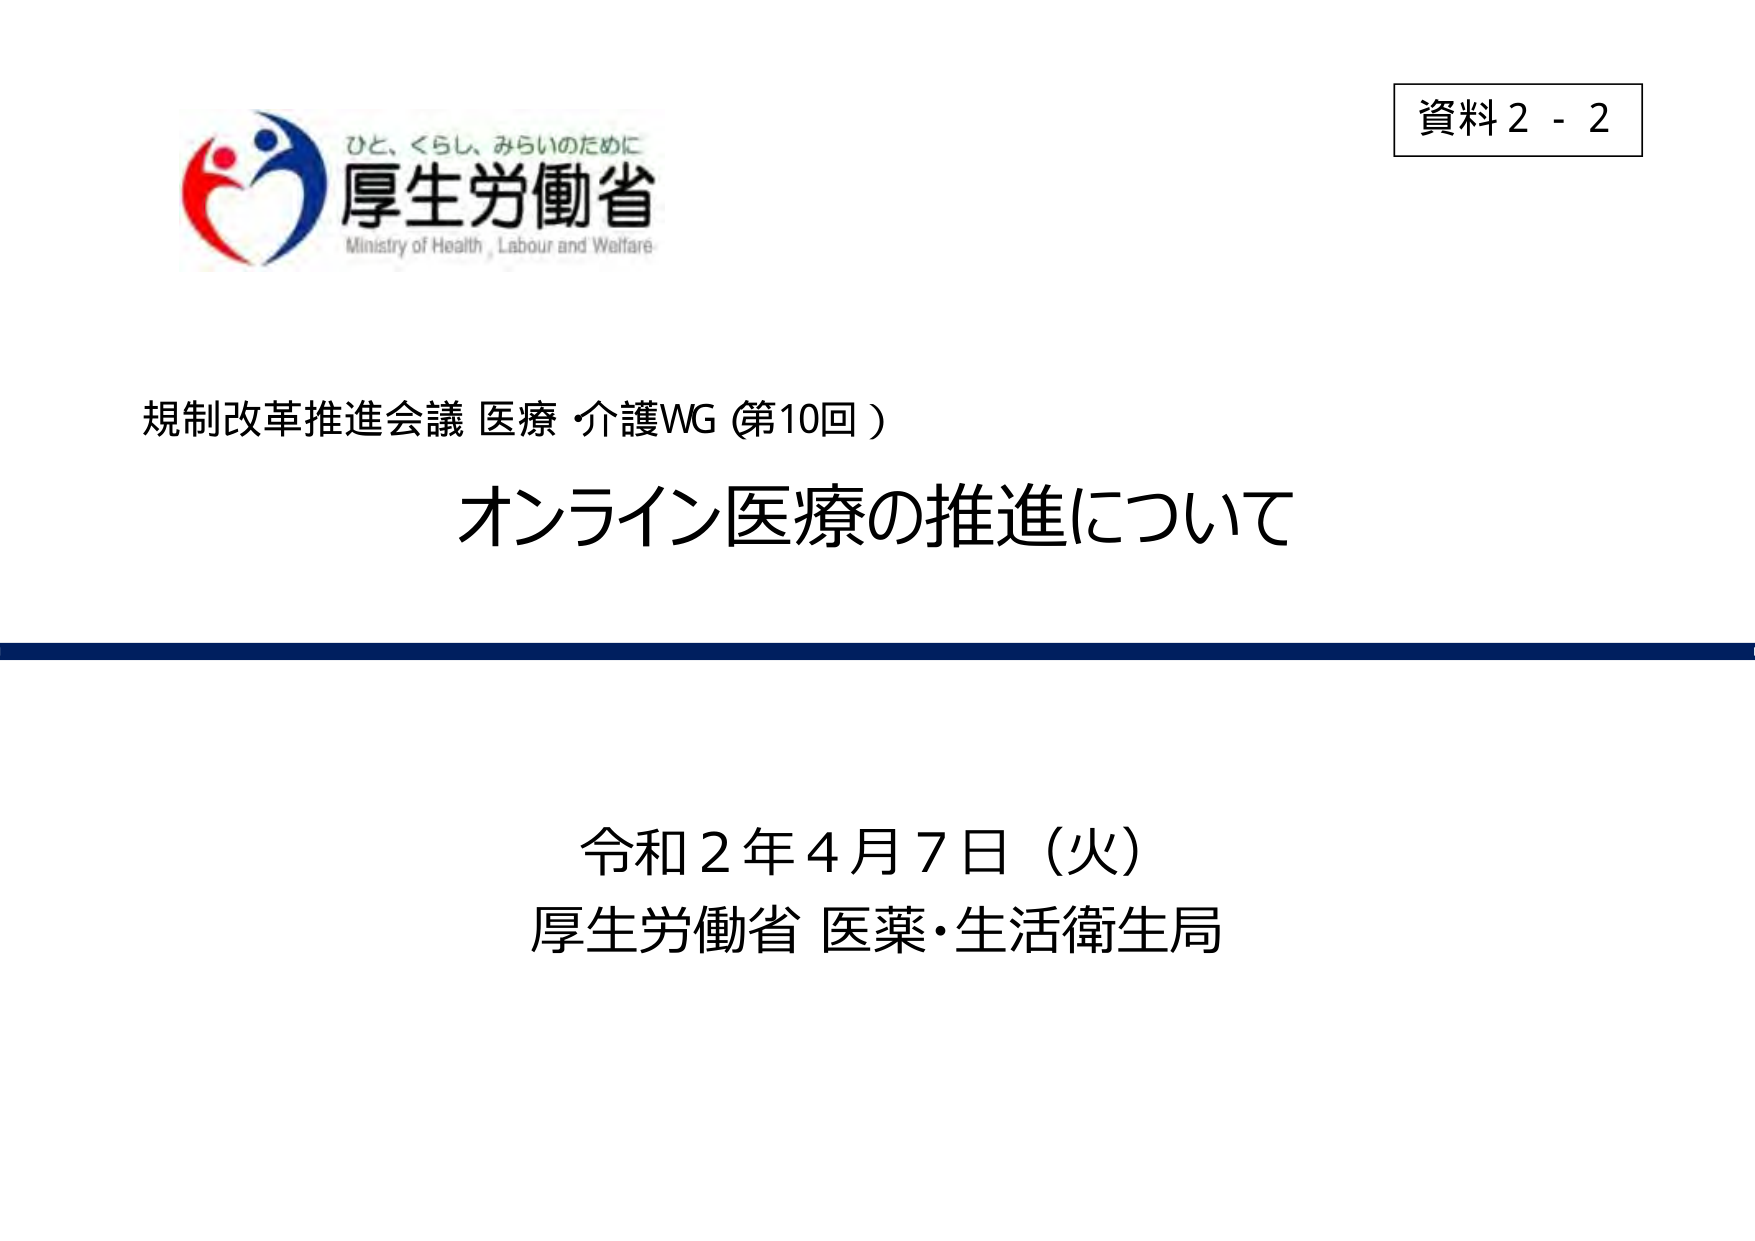
ひと、くらし、みらいのために
厚生労働省
Ministry of Health, Labour and Welfare

資料2 - 2

規制改革推進会議 医療 介護WG（第10回）
オンライン医療の推進について

令和2年4月7日（火）
厚生労働省 医薬・生活衛生局